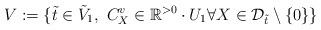
LaTeX: \begin{align*}V:=\{ \tilde{t} \in\tilde{V}_{1},\ C^v_X\in \mathbb{R}^{>0} \cdot {U}_{1}\forall X\in {\mathcal D}_{\tilde{t}} \setminus \{ 0 \} \} \end{align*}